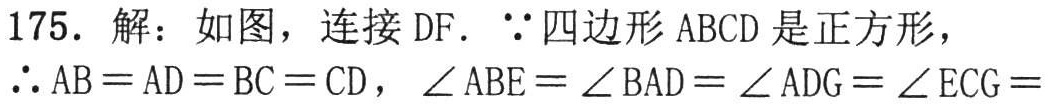
175. 解：如图，连接\(DF\). \(\because\)四边形\(ABCD\)是正方形，
\(\therefore AB = AD = BC = CD\)，\(\angle ABE=\angle BAD=\angle ADG=\angle ECG =\)